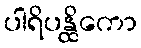
ပါရိပန္ထိကော